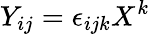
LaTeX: Y_{ij}=\epsilon_{ijk}X^{k}